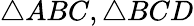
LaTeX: \triangle ABC,\triangle BCD